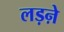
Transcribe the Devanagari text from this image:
लड़ऩे